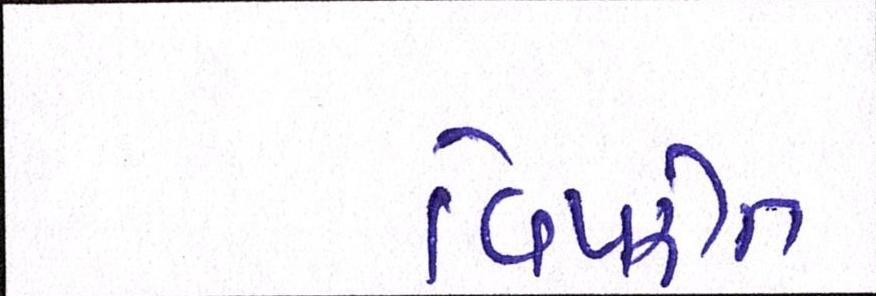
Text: વિપરીત